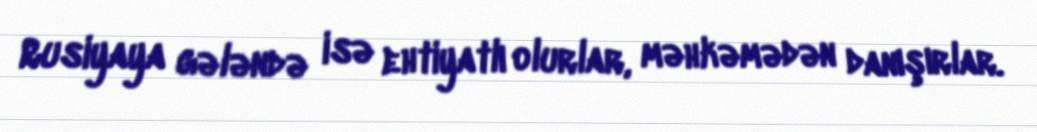
Rusiyaya gələndə isə ehtiyatlı olurlar, məhkəmədən danışırlar.